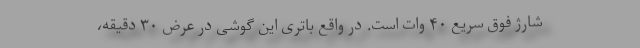
شارژ فوق سریع ۴۰ وات است. در واقع باتری این گوشی در عرض ۳۰ دقیقه،